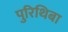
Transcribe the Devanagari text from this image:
पुरिथिबा